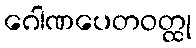
ဂေါဏပေတဝတ္ထု